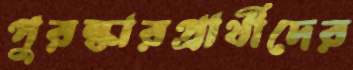
পুরস্কারপ্রার্থীদের